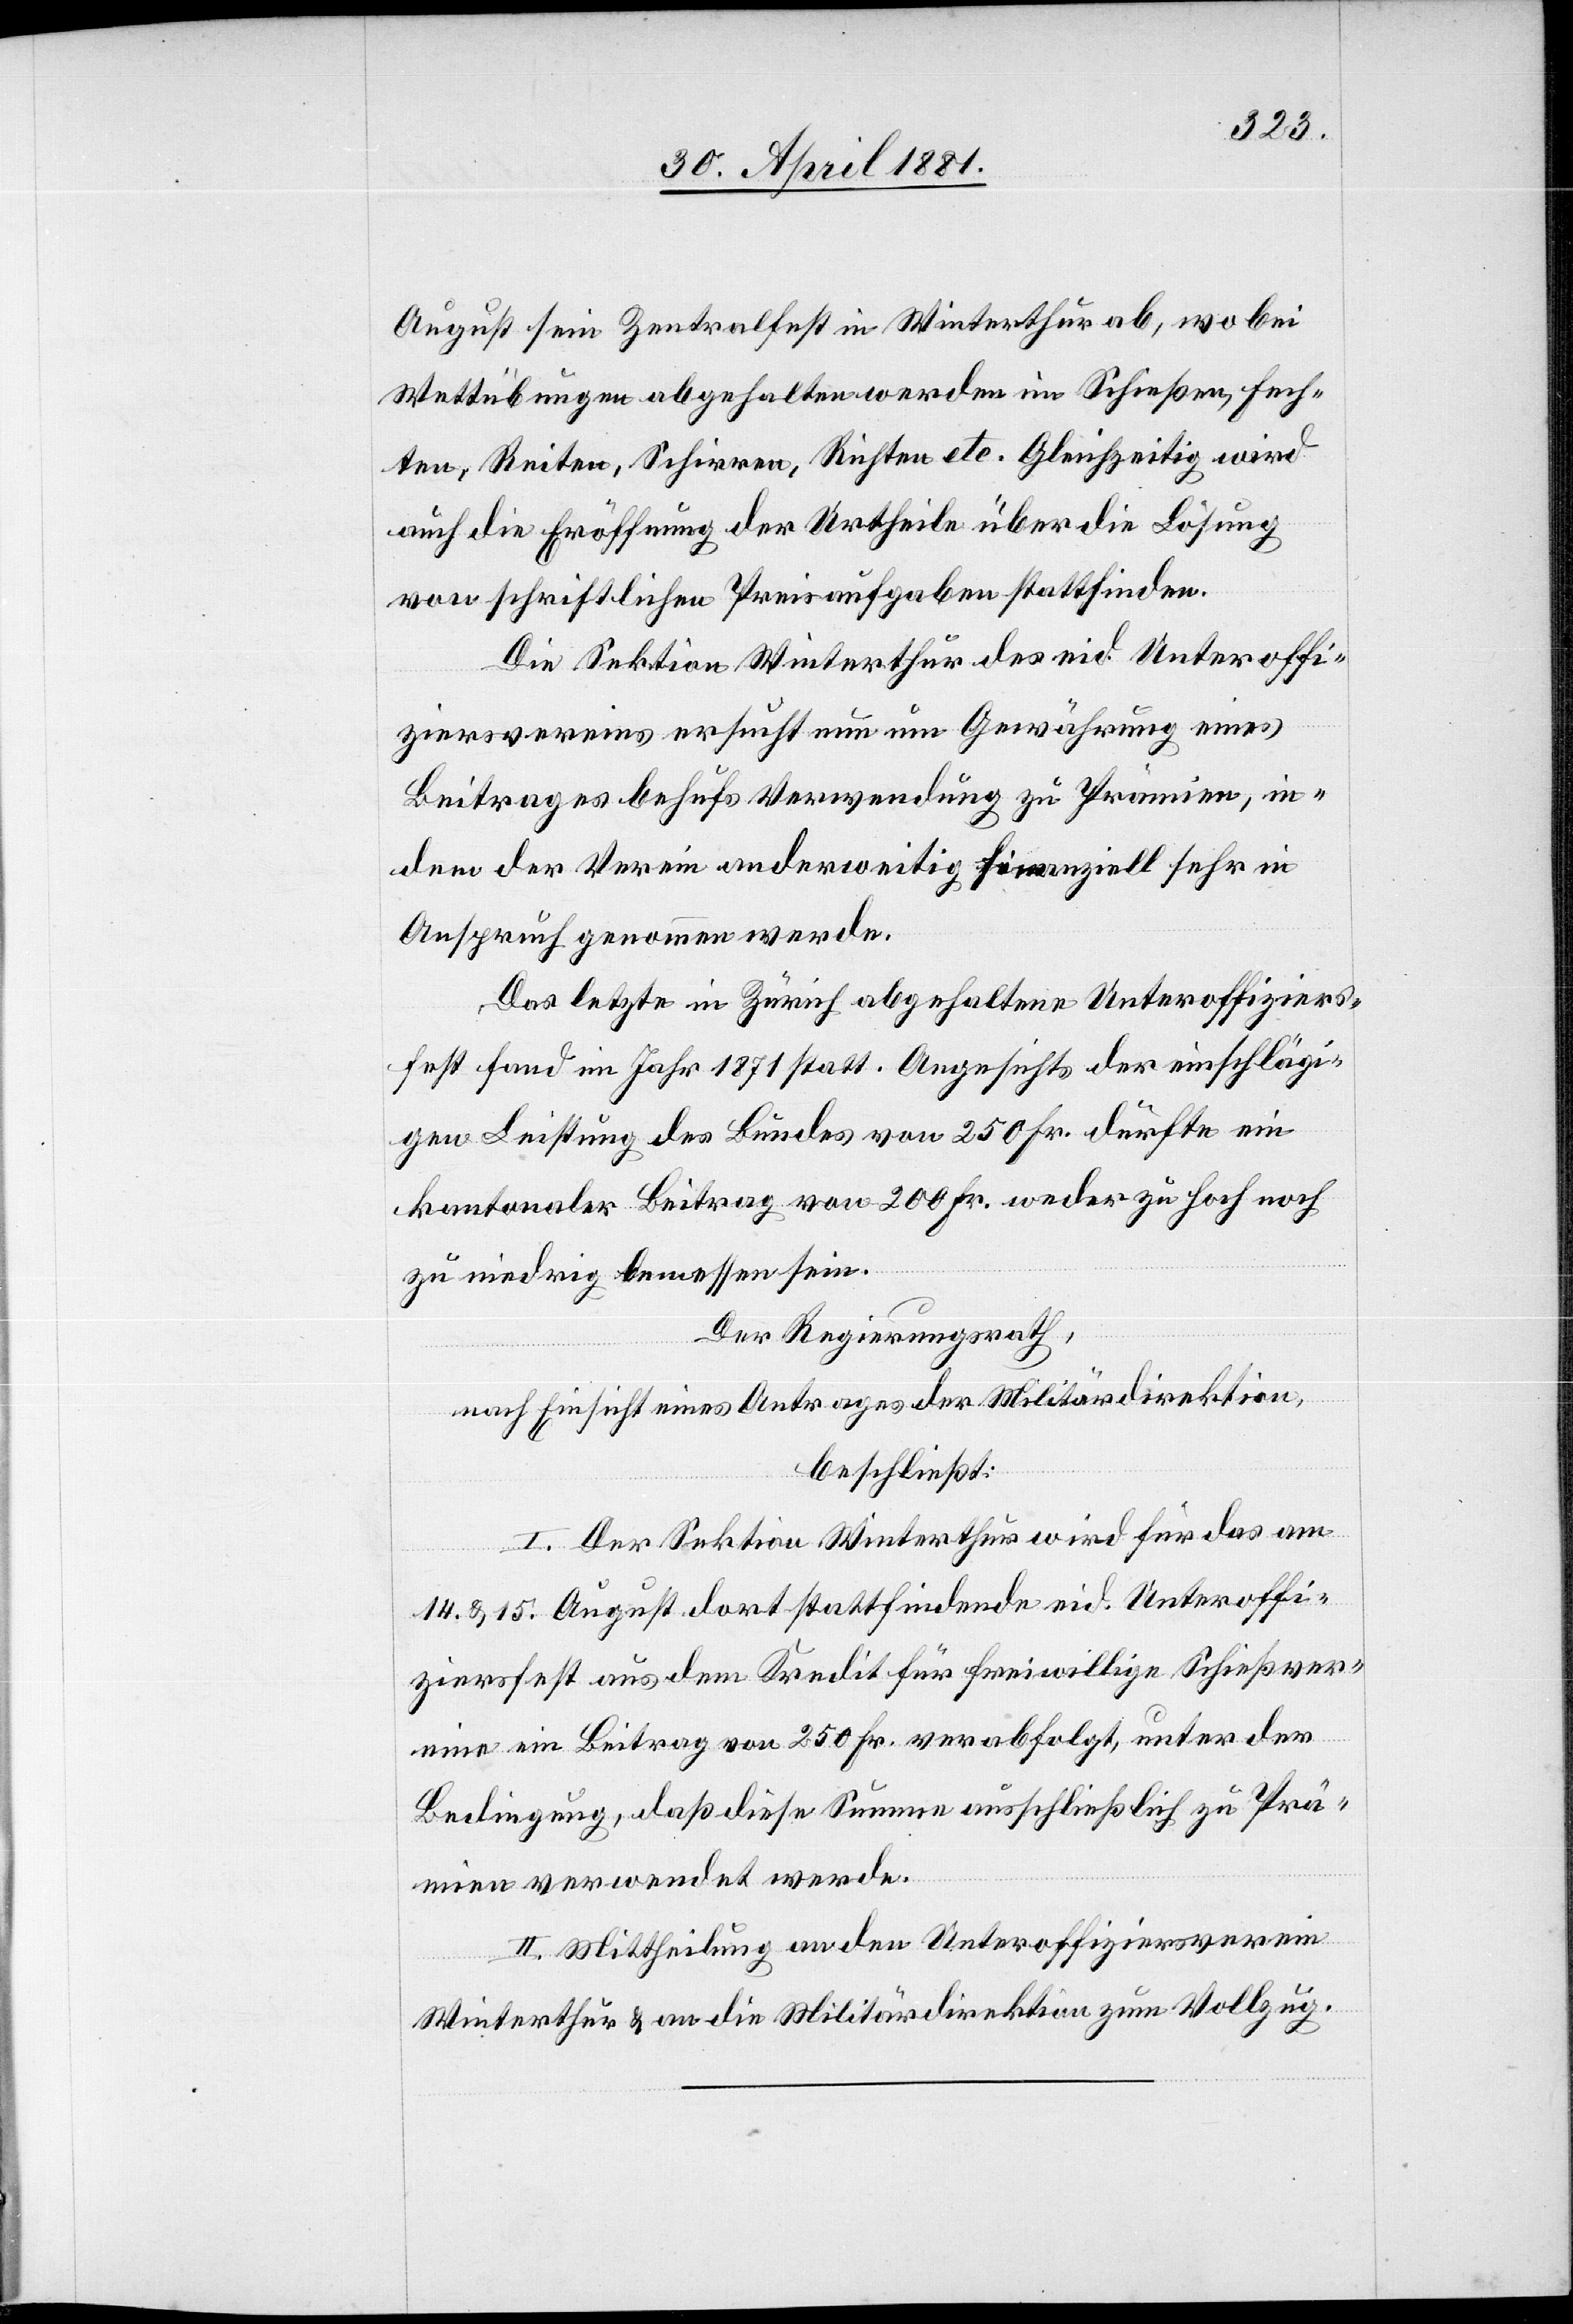
August sein Zentralfest in Winterthur ab, wo bei
Wettübungen abgehalten werden im Schießen, Fech¬
ten, Reiten, Schirren, Richten etc. Gleichzeitig wird
auch die Eröffnung der Urtheile über die Lösung
von schriftlichen Preisaufgaben stattfinden.
Die Sektion Winterthur des eid. Unteroffi¬
ziersvereins ersucht nun um Gewährung eines
Beitrages behufs Verwendung zu Prämien, in¬
dem der Verein anderweitig finanziell sehr in
Anspruch genommen werde.
Das letzte in Zürich abgehaltene Unteroffiziers¬
fest fand im Jahr 1871 statt. Angesichts der einschlägi¬
gen Leistung des Bundes von 250 Fr. dürfte ein
kantonaler Beitrag von 200 Fr. weder zu hoch noch
zu niedrig bemessen sein.
Der Regierungsrath,
nach Einsicht eines Antrages der Militärdirektion,
beschließt:
I. Der Sektion Winterthur wird für das am
14. & 15. August dort stattfindende eid. Unteroffi¬
ziersfest aus dem Kredit für freiwillige Schießver¬
eine ein Beitrag von 250 Fr. verabfolgt, unter der
Bedingung, daß diese Summe ausschließlich zu Prä¬
mien verwendet werde.
II. Mittheilung an den Unteroffiziersverein
Winterthur & an die Militärdirektion zu Vollzug.